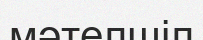
мәтелшіл